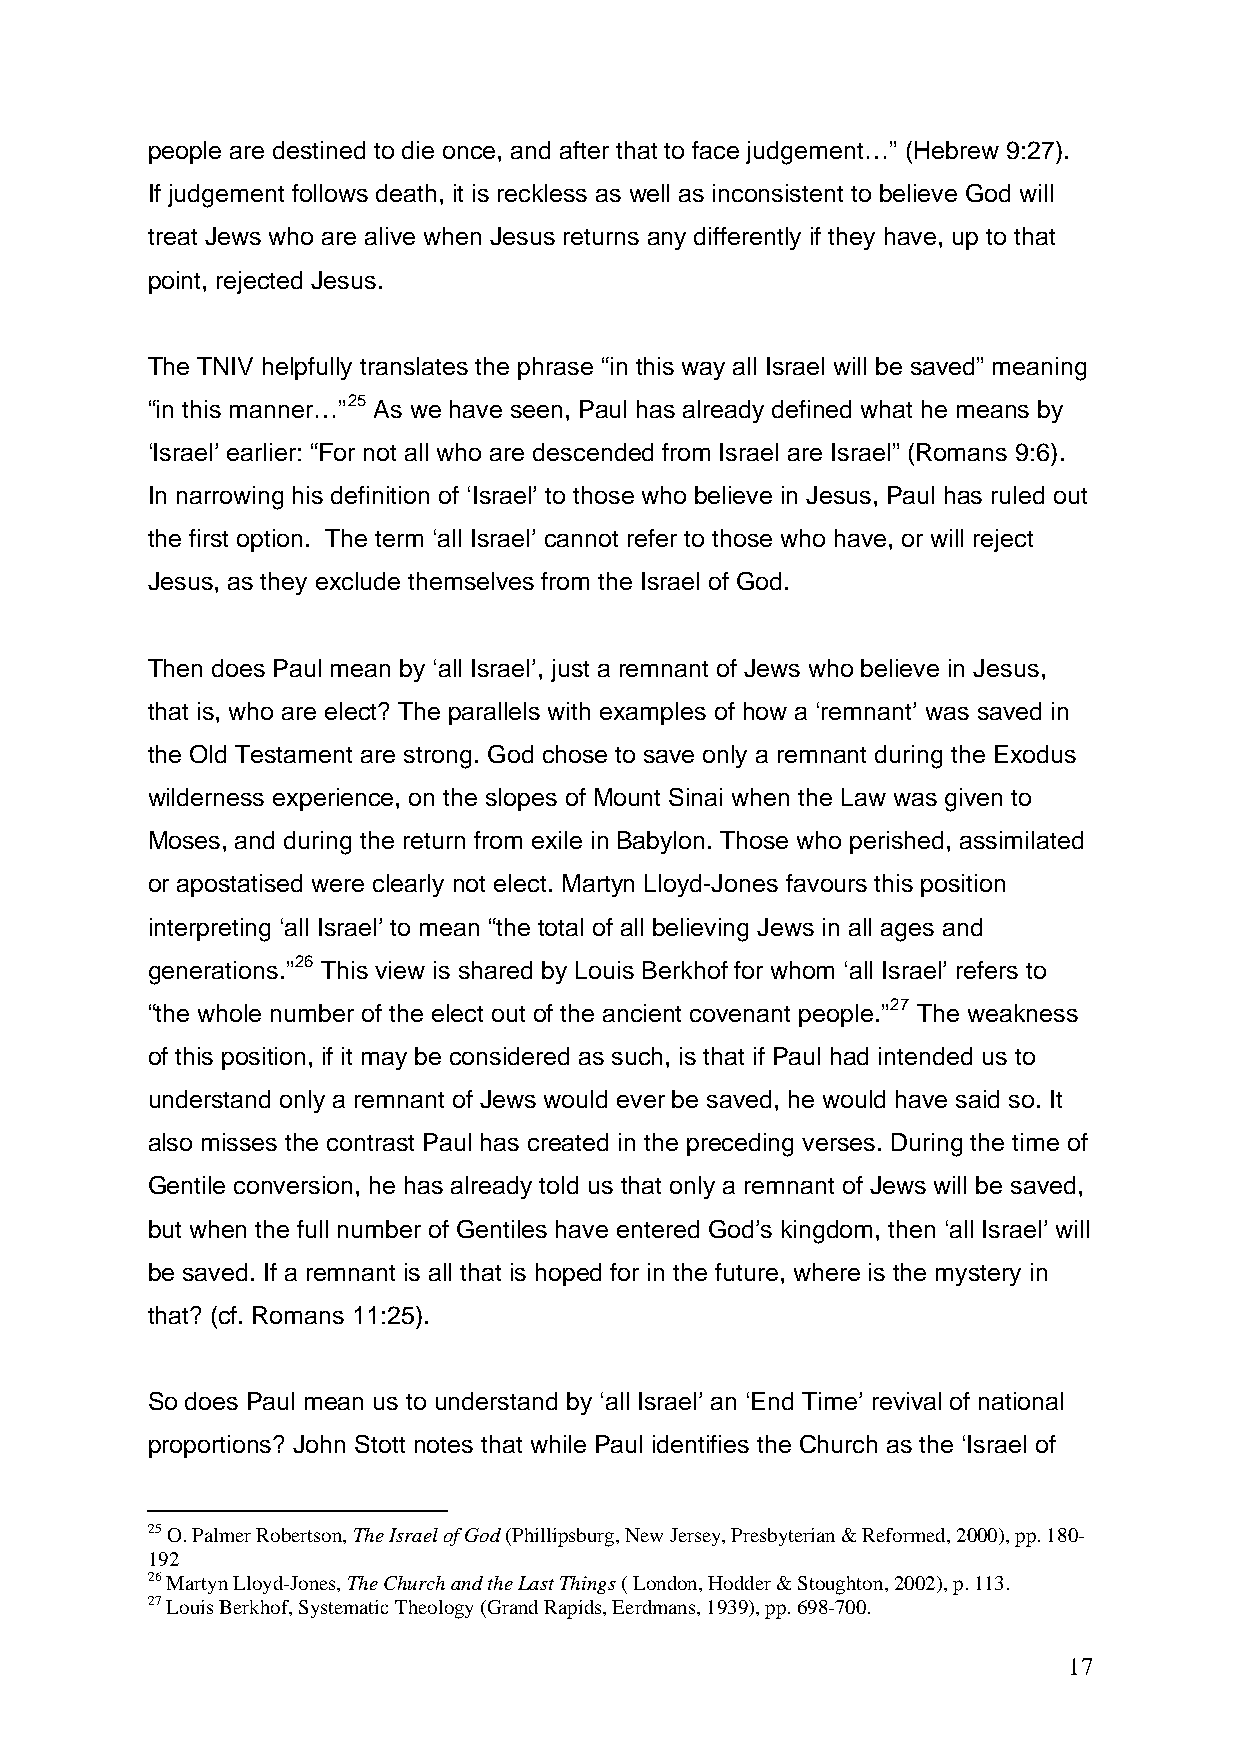
people are destined to die once, and after that to face judgement…” (Hebrew 9:27).
 If judgement follows death, it is reckless as well as inconsistent to believe God will
 treat Jews who are alive when Jesus returns any differently if they have, up to that
 point, rejected Jesus.
 The TNIV helpfully translates the phrase “in this way all Israel will be saved” meaning
 “in this manner…”25 As we have seen, Paul has already defined what he means by
 ‘Israel’ earlier: “For not all who are descended from Israel are Israel” (Romans 9:6).
 In narrowing his definition of ‘Israel’ to those who believe in Jesus, Paul has ruled out
 the first option. The term ‘all Israel’ cannot refer to those who have, or will reject
 Jesus, as they exclude themselves from the Israel of God.
 Then does Paul mean by ‘all Israel’, just a remnant of Jews who believe in Jesus,
 that is, who are elect? The parallels with examples of how a ‘remnant’ was saved in
 the Old Testament are strong. God chose to save only a remnant during the Exodus
 wilderness experience, on the slopes of Mount Sinai when the Law was given to
 Moses, and during the return from exile in Babylon. Those who perished, assimilated
 or apostatised were clearly not elect. Martyn Lloyd-Jones favours this position
 interpreting ‘all Israel’ to mean “the total of all believing Jews in all ages and
 generations.”26 This view is shared by Louis Berkhof for whom ‘all Israel’ refers to
 “the whole number of the elect out of the ancient covenant people.”27 The weakness
 of this position, if it may be considered as such, is that if Paul had intended us to
 understand only a remnant of Jews would ever be saved, he would have said so. It
 also misses the contrast Paul has created in the preceding verses. During the time of
 Gentile conversion, he has already told us that only a remnant of Jews will be saved,
 but when the full number of Gentiles have entered God’s kingdom, then ‘all Israel’ will
 be saved. If a remnant is all that is hoped for in the future, where is the mystery in
 that? (cf. Romans 11:25).
 So does Paul mean us to understand by ‘all Israel’ an ‘End Time’ revival of national
 proportions? John Stott notes that while Paul identifies the Church as the ‘Israel of
 25 O. Palmer Robertson, The Israel of God (Phillipsburg, New Jersey, Presbyterian & Reformed, 2000), pp. 180-
 192
 26 Martyn Lloyd-Jones, The Church and the Last Things ( London, Hodder & Stoughton, 2002), p. 113.
 27 Louis Berkhof, Systematic Theology (Grand Rapids, Eerdmans, 1939), pp. 698-700.
 17